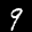
Label: 9